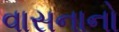
વાસનાનો